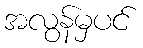
အလွန်မှပင်